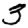
Digit: 3